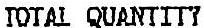
TOTAL QUANTITY